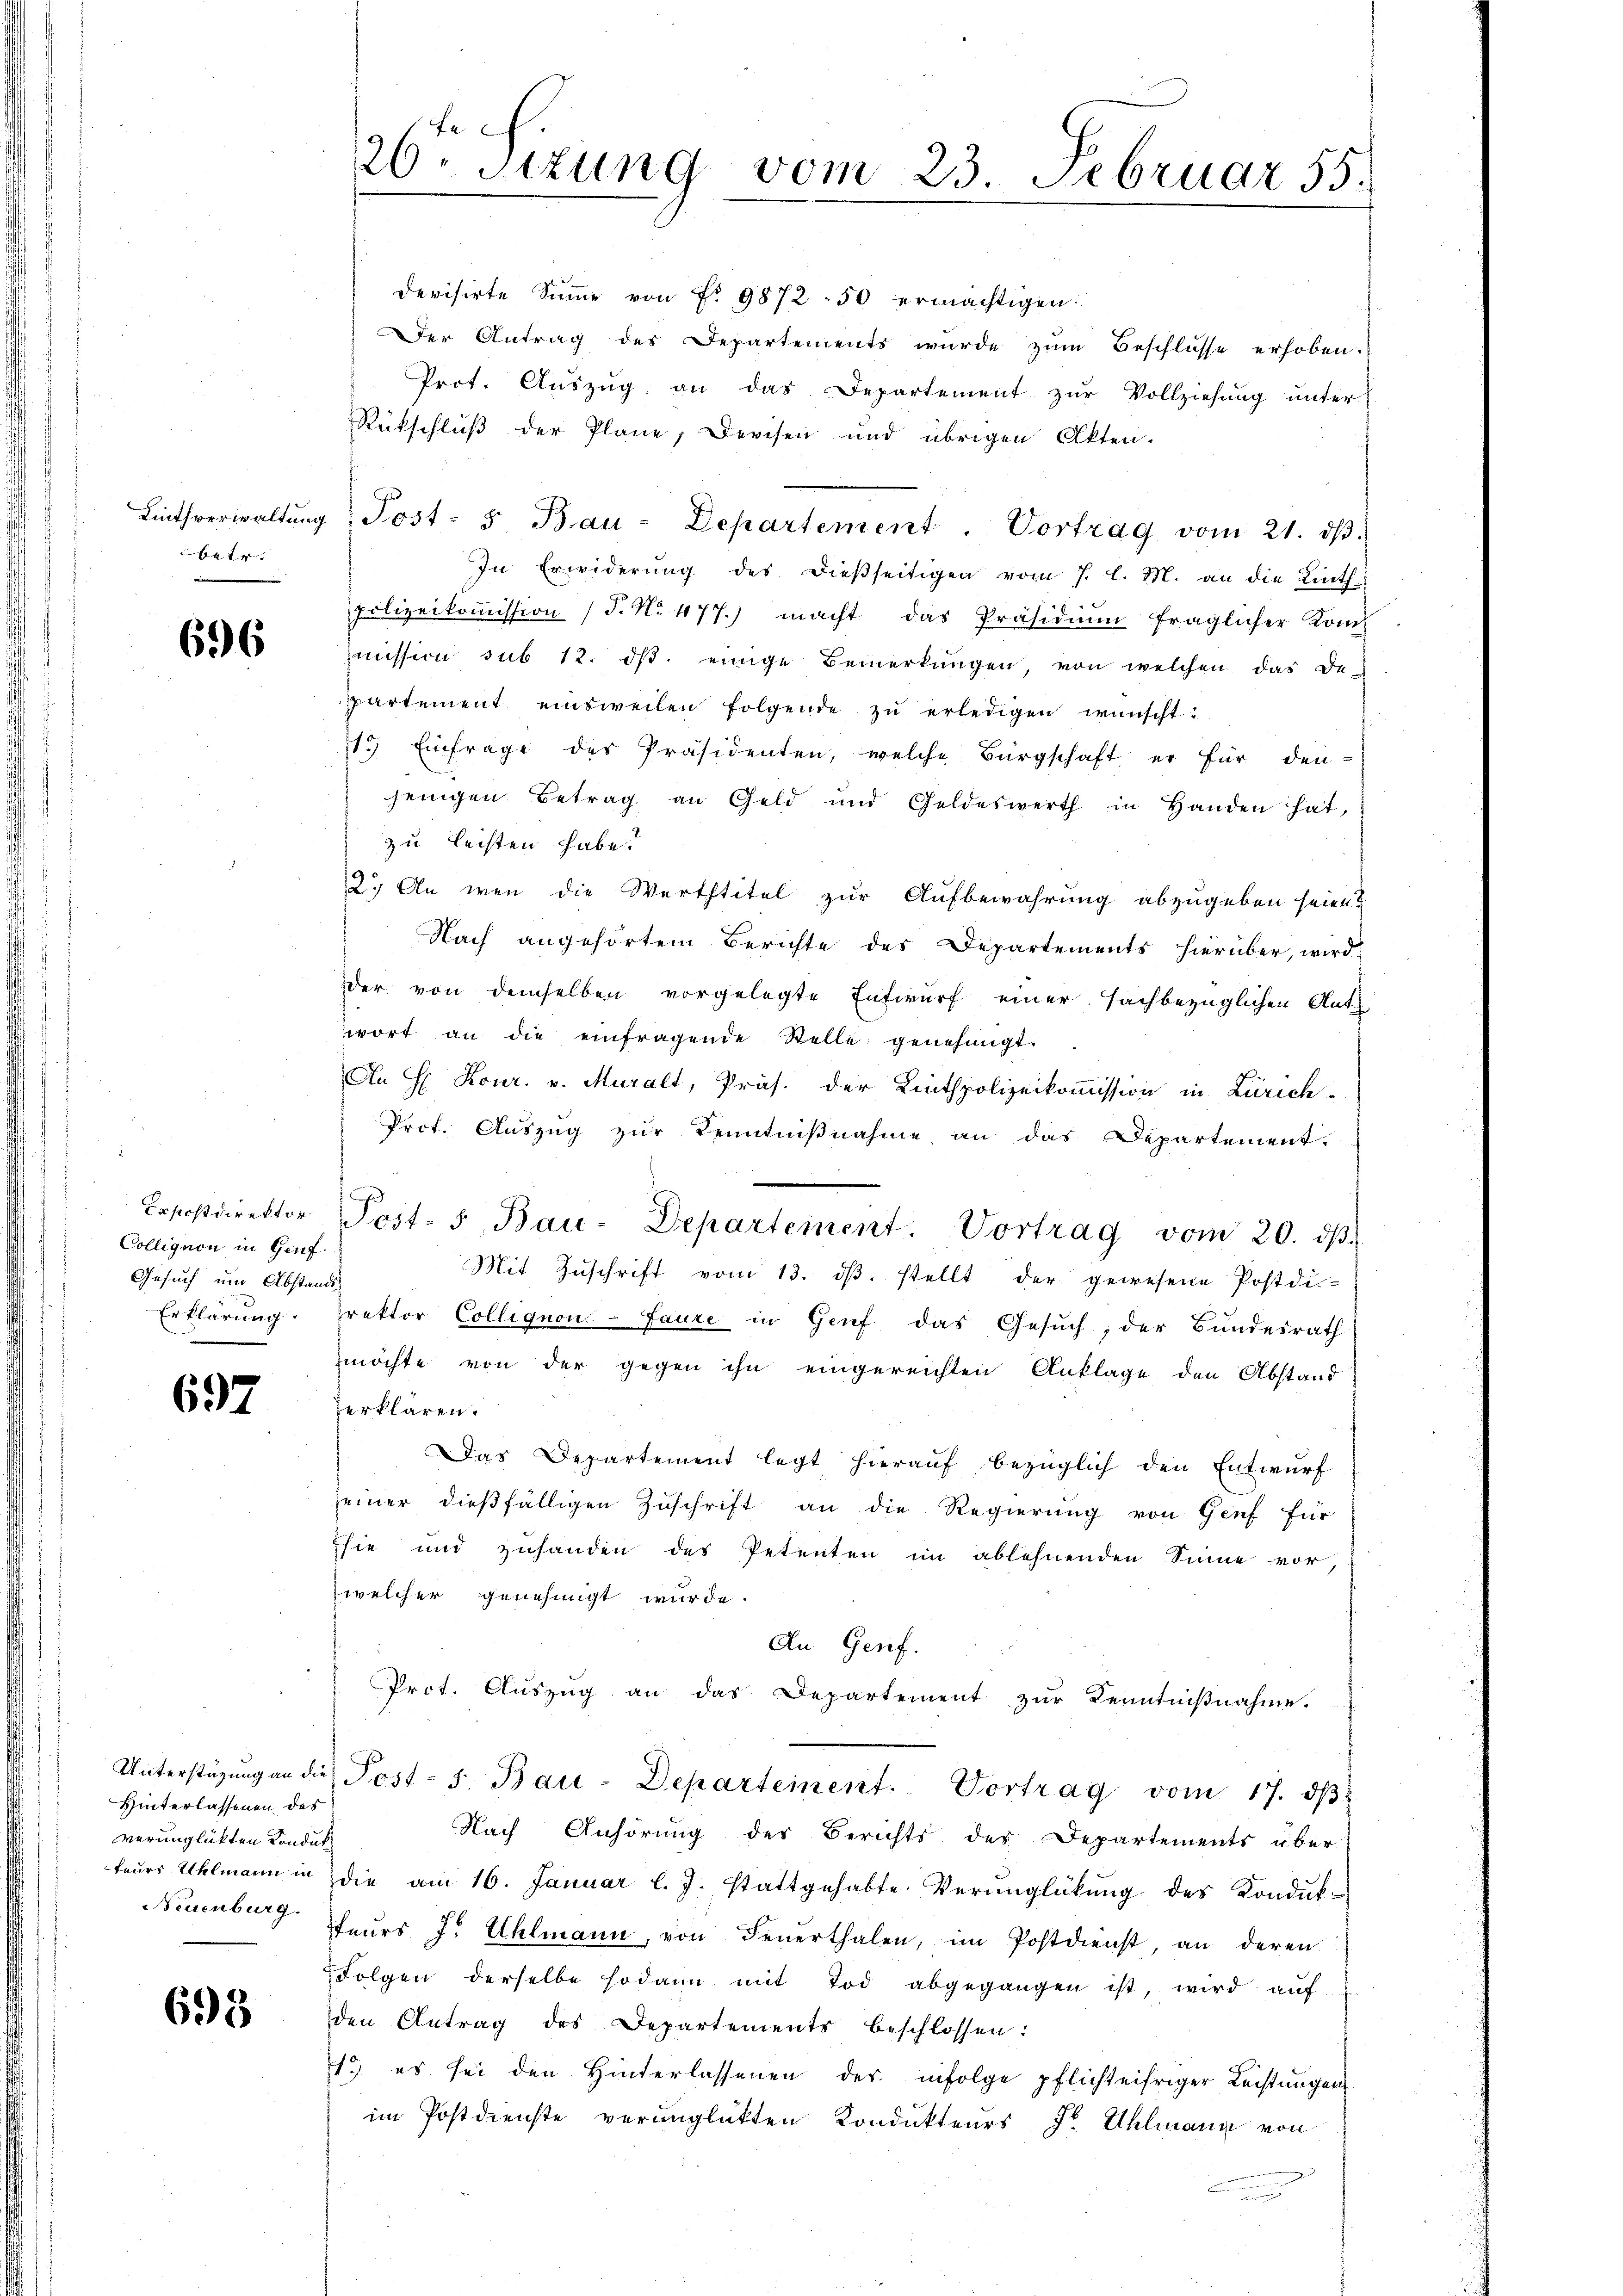
6444

696

Collegion in Genf.
Gesuch um Abstandt¬

697

Hinterlassenen das
verunglükten Konduk

693

devisirte Summe von Nr. 9872-50 ermächtigen.
Der Antrag des Departements wurde zum Beschlosse erhoben.
Prot. Auszug an das Departement zur Vollziehung unter
Rückschluß der Plane, Devisen und übrigen Akten.
Linthverwaltŭng Post- 5 Bau-Departement. Vortrag vom 21. dβ.
In Erwiderŭng des dießseitigen vom 7. l. M. an die Linth-
polizeikoṁission (T. No. 477.) macht das Präsidiŭm fraglicher Konc
mission sub 12. dβ einige Bemerkungen, von welchen das Departement einsweilen folgende zŭ erledigen wünscht:
11) Einfrage des Präsidenten, welche Bürgschaft er für den-
jenigen Betrag an Geld und Geldeswerth in Handen hat,
zu leisten habe?
2.) An wen die Werthtitel zur Aufbewahrung abzugeben seien?
Nach angehörtem Berichte des Departements hierüber, wird
der von demselben vorgelegte Entwurf einer sachbezüglichen Ant.
wort an die einfragende Stelle genehmigt.
An H Kour. v. Muralt, Präs. der Linthpolizeikommission in Zürich-
Prot. Aŭszŭg zŭr Kenntniβnahme an das Departement.
Lososdirektor Post- 5. Bau-Departement. Vortrag vom 20. dβ.
Mit Zŭschrift vom 13. dβ. stellt der gewesene Postdi
Erklärung. Drektor Collignon-Laure in Genf das Gesuch, der Bundesrath
möchte von der gegen ihn eingereichten Anklage den Abstand
erklären.
Das Departement legt hierauf bezüglich den Entwurf
seiner dießfälligen Zuschrift an die Regierung von Genf für
sie und zuhanden des Petenten im ablehnenden Sinne vor,
welcher genehmigt wurde.
An Genf.
Prot. Auszug an das Departement zur Kenntnißnahme.
Unterstüzung an die Post- s. Bau-Departement. Vortrag vom 17. dβ
Nach Anhörung des Berichts des Departements über
feŭer Uhlmann in die am 16. Januar l. J. stattgehabte Verŭnglükŭng des Kondŭf-
Neuenburg theurs J. Uhlmann, von Feŭerthalen, im Postdienst, an deren
Folgen derselbe sodann mit Tod abgegangen ist, wird auf
den Antrag des Departements beschlossen:
1) es sei den Hinterlassenen der infolge pflichteifriger Leistungen
im Postdienste verunglückten Kondukteurs dr Uhlmann von
n

20 sizung vom 23. Februar 55.